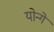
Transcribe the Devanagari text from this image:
योन्गे